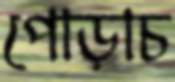
পোড়াচ